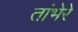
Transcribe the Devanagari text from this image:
तांभेरे